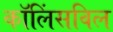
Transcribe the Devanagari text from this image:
कॉलिंसविल